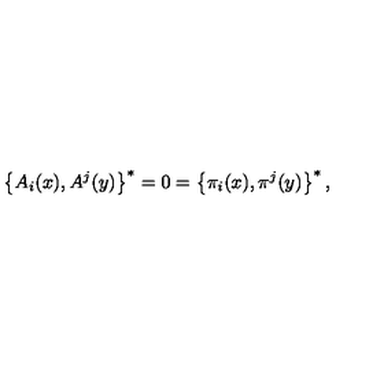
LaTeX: \left\{ A _ { i } ( x ) , A ^ { j } ( y ) \right\} ^ { * } = 0 = \left\{ \pi _ { i } ( x ) , \pi ^ { j } ( y ) \right\} ^ { * } ,